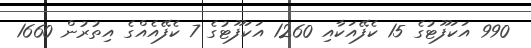
990 އަކަފޫޓުގެ 15 ކެފޭއަކާއި 1260 އަކަފޫޓުގެ 7 ކެފޭއެއްގެ އިތުރުން 1660